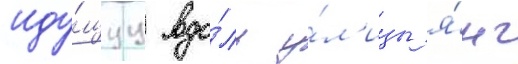
иду́щуу вдо́ль у́л'ицы я́нг